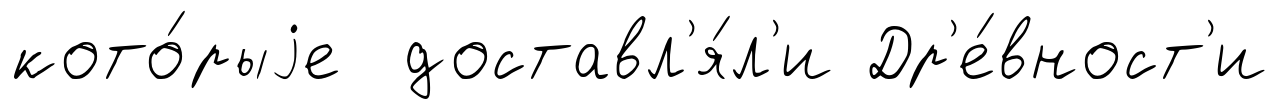
кото́рыjе доставл'я́л'и Др'е́вност'и